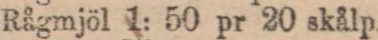
Rågmjöl 1: 50 pr 20 skålp.